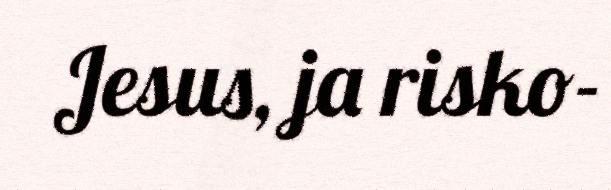
Jesus, ja risko-